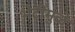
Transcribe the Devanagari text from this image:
भेटींमुळे